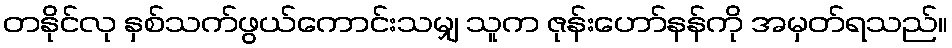
တနိုင်လု နှစ်သက်ဖွယ်ကောင်းသမျှ သူက ဇုန်းဟော်နန်ကို အမှတ်ရသည်။